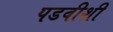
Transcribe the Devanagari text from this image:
पडवीशी